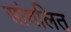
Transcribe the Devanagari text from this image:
सांचलित